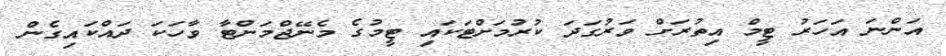
އަންނަ އަހަރު ޓީމް އިތުރަށް ވަރުގަދަ ކުރުމަށްޓަކައި ޓީމުގެ މެނޭޖްމަންޓާ ވާހަކަ ދައްކައިގެން